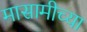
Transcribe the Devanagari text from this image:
मासामीच्या